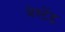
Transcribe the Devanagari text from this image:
वेस्टेंड